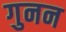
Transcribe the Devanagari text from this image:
गुनन